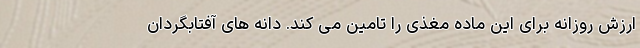
ارزش روزانه برای این ماده مغذی را تامین می کند. دانه های آفتابگردان